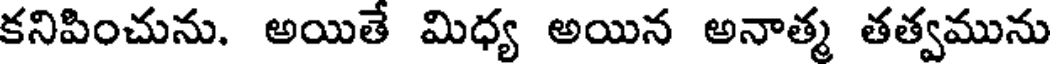
కనిపించును. అయితే మిధ్య అయిన అనాత్మ తత్వమును